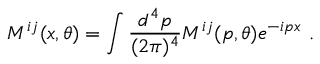
M ^ { i j } ( x , \theta ) = \int { \frac { d ^ { 4 } p } { ( 2 \pi ) ^ { 4 } } } M ^ { i j } ( p , \theta ) e ^ { - i p x } \ .